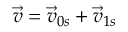
\vec { v } = \vec { v } _ { 0 s } + \vec { v } _ { 1 s }